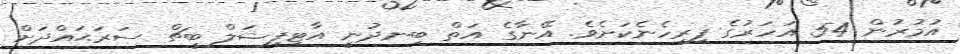
އުމުރުން 54 އަހަރުގެ ފިރިހެނެކަށެވެ. އޭނާގެ އަތް ބިނދުނީ އާޓިފިޝަލް ބީޗް ސަރަޙައްދަށް